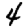
Digit: 4